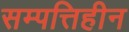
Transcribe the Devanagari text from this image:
सम्पत्तिहीन